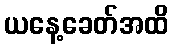
ယနေ့ခေတ်အထိ